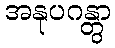
အနုပဂန္တွာ